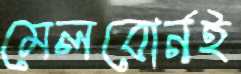
মেলবোর্নই